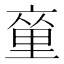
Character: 𨤫